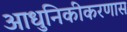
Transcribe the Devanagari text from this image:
आधुनिकीकरणास